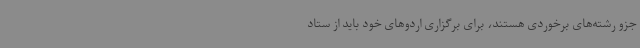
جزو رشته‌های برخوردی هستند، برای برگزاری اردوهای خود باید از ستاد